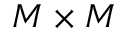
M \times M